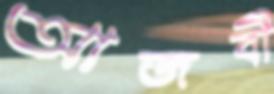
আজবী